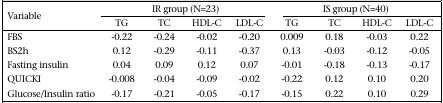
| <ROWSPAN=2> Variable | <COLSPAN=4> IR group (N=23) | <COLSPAN=4> IS group (N=40) |
 | TG | TC | HDL-C | LDL-C | TG | TC | HDL-C | LDL-C |
 | --- | --- | --- | --- | --- | --- | --- | --- | --- |
 | FBS | -0.22 | -0.24 | -0.02 | -0.20 | 0.009 | 0.18 | -0.03 | 0.22 |
 | BS2h | 0.12 | -0.29 | -0.11 | -0.37 | 0.13 | -0.03 | -0.12 | -0.05 |
 | Fasting insulin | 0.04 | 0.09 | 0.12 | 0.07 | -0.01 | -0.18 | -0.13 | -0.17 |
 | QUICKI | -0.008 | -0.04 | -0.09 | -0.02 | -0.22 | 0.12 | 0.10 | 0.20 |
 | Glucose/Insulin ratio | -0.17 | -0.21 | -0.05 | -0.17 | -0.15 | 0.22 | 0.10 | 0.29 |